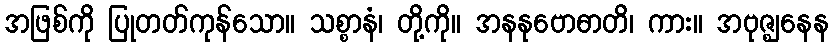
အဖြစ်ကို ပြုတတ်ကုန်သော။ သစ္စာနံ၊ တို့ကို။ အနနုဗောဓာတိ၊ ကား။ အဗုဇ္ဈနေန